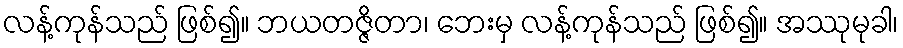
လန့်ကုန်သည် ဖြစ်၍။ ဘယတဇ္ဇိတာ၊ ဘေးမှ လန့်ကုန်သည် ဖြစ်၍။ အဿုမုခါ၊